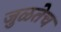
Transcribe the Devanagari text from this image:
जुळतेच